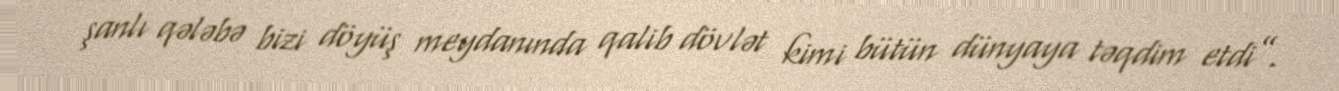
şanlı qələbə bizi döyüş meydanında qalib dövlət kimi bütün dünyaya təqdim etdi”.